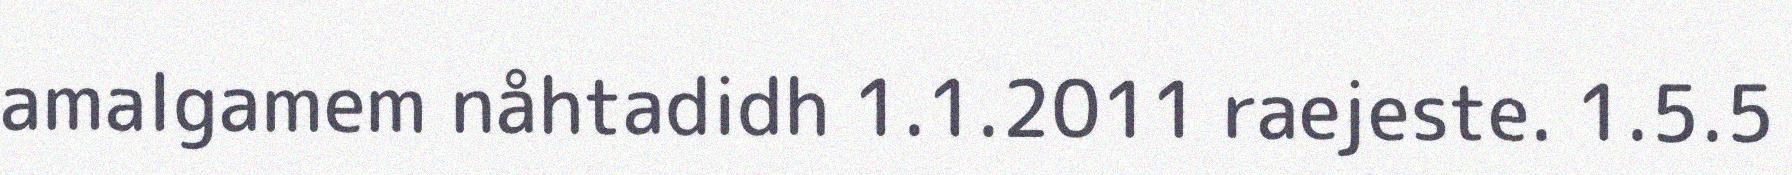
amalgamem nåhtadidh 1.1.2011 raejeste. 1.5.5